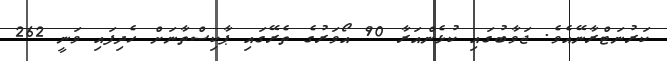
ކަރުނަޓްރާނޭއެވެ. ޖަވާބުގައި ކުޅެންއަރާ 90 އޯވަރުގެ ތެރޭގައި ޕާކިސްތާނަށް ހެދިފައި ވަނީ 262